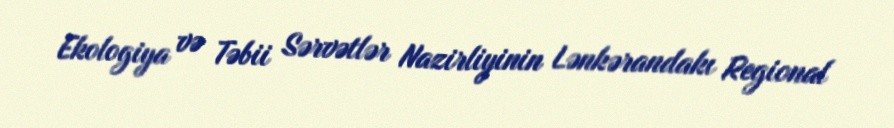
Ekologiya və Təbii Sərvətlər Nazirliyinin Lənkərandakı Regional